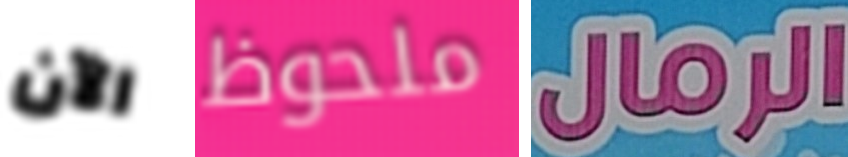
الآن ملحوظ الرمال